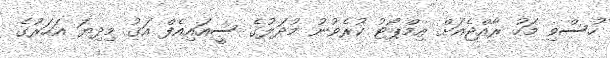
ހުސްވި މަހު ރާއްޖެއަށް އިމްޕޯޓު ކުރެވުނު މުދަލުގެ ސީއައިއެފް އަގު މިދިޔަ އަހަރުގެ